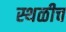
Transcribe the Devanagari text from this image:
स्थळीच